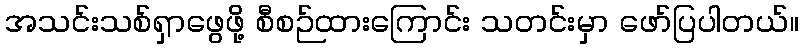
အသင်းသစ်ရှာဖွေဖို့ စီစဉ်ထားကြောင်း သတင်းမှာ ဖော်ပြပါတယ်။